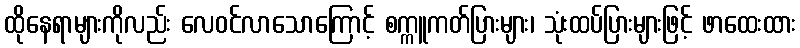
ထိုနေရာများကိုလည်း လေဝင်လာသောကြောင့် စက္ကူကတ်ပြားများ၊ သုံးထပ်ပြားများဖြင့် ဖာထေးထား